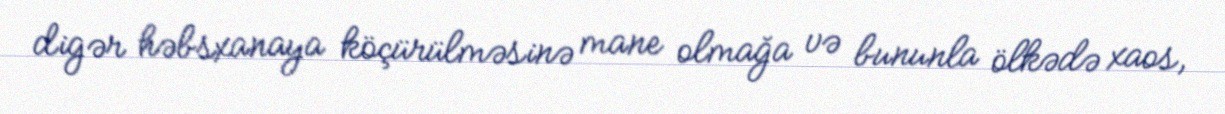
digər həbsxanaya köçürülməsinə mane olmağa və bununla ölkədə xaos,